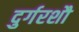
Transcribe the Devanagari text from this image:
दुर्गरशौ